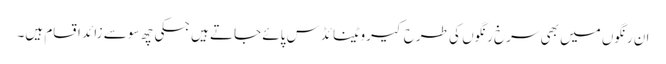
ان رنگوں میں بھی سرخ رنگوں کی طرح کیروٹینائڈس پائے جاتے ہیں جسکی چھ سو سے زائد اقسام ہیں۔